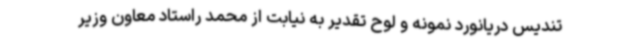
تندیس دریانورد نمونه و لوح تقدیر به نیابت از محمد راستاد معاون وزیر